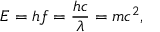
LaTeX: E = h f = { \frac { h c } { \lambda } } = m c ^ { 2 } ,